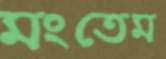
মংতেম